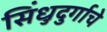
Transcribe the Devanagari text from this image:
सिंधुदुर्गाचे